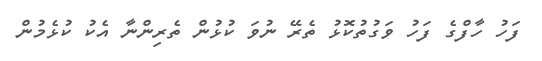
ފަހު ހާފްގެ ފަހު ވަގުތުކޮޅު ތެރޭ ނުވަ ކުޅުން ތެރިންނާ އެކު ކުޅެމުން